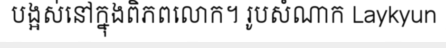
បង្អស់នៅក្នុងពិភពលោក។ រូបសំណាក Laykyun